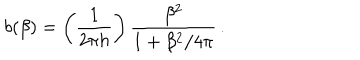
LaTeX: b ( \beta ) = \left( \frac { 1 } { 2 \pi h } \right) \frac { \beta ^ { 2 } } { 1 + \beta ^ { 2 } / 4 \pi } \, .